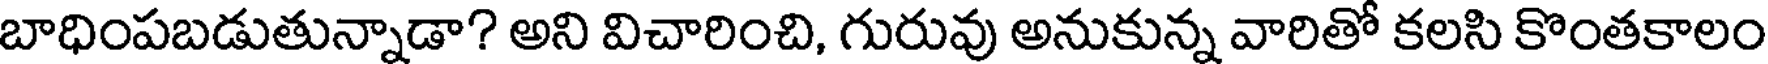
బాధింపబడుతున్నాడా? అని విచారించి, గురువు అనుకున్న వారితో కలసి కొంతకాలం